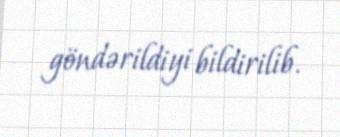
göndərildiyi bildirilib.